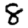
Digit: 8